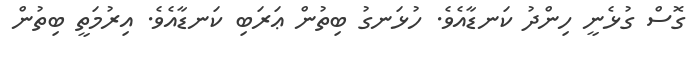
ގޮސް ގުޅެނީ ހިންދު ކަނޑާއެވެ. ހުޅަނގު ބިތުން ޢަރަބި ކަނޑާއެވެ. އިރުމަތީ ބިތުން